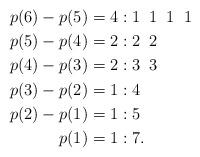
LaTeX: \begin{align*}p(6)-p(5)=4:&\;1\;\;1\;\;1\;\;1\\p(5)-p(4)=2:&\;2\;\;2\\p(4)-p(3)=2:&\;3\;\;3\\p(3)-p(2)=1:&\;4\\p(2)-p(1)=1:&\;5\\p(1)=1:&\;7.\end{align*}